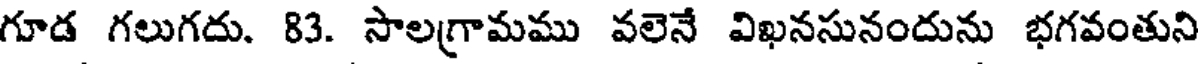
గూడ గలుగదు. 83. సాలగ్రామము వలెనే విఖనసునందును భగవంతుని